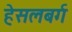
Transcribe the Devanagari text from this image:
हेसलबर्ग